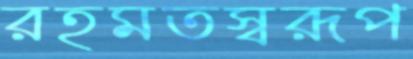
রহমতস্বরূপ